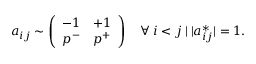
a _ { i j } \sim \left( \begin{array} { l l } { - 1 } & { + 1 } \\ { p ^ { - } } & { p ^ { + } } \end{array} \right) \quad \forall \: i < j \: | \: | a _ { i j } ^ { * } | = 1 .